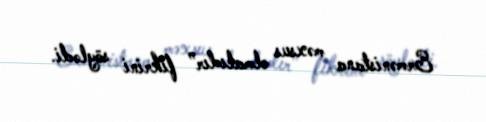
Ermənistana məxsus olmalıdır” fikrini söylədi.